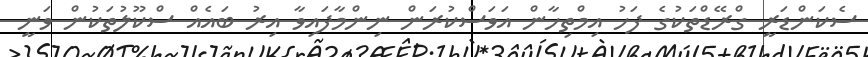
ސެކަންޑަރީ ގްރޭޑްތަކުގެ ފަހު އިމްތިހާން އަވަސްކުރަން ނިންމާފައިވާ އިރު ބައެއް ސްކޫލުތަކުން ވަނީ